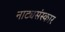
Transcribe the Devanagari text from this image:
नाट्यसंस्कार